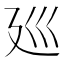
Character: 廵